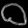
Digit: ၀